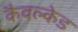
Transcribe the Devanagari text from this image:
कैवल्केड